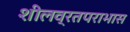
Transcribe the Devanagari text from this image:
शीलव्रतपराभास